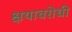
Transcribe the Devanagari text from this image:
क्षयावरोधी